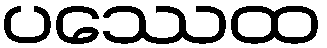
ပဿေထ